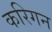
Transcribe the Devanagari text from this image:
करिगन